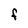
Character: F